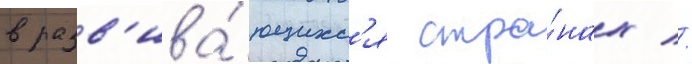
в разв'ива́ющихс'я стра́нах //